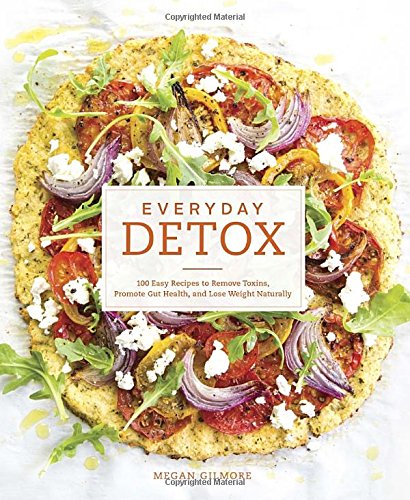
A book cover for Everyday Detox: 100 Easy Recipes to Remove Toxins, Promote Gut Health, and Lose Weight Naturally; Megan Gilmore; Cookbooks, Food & Wine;